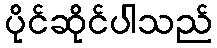
ပိုင်ဆိုင်ပါသည်